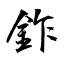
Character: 鈼